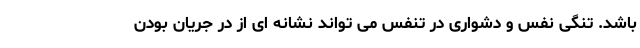
باشد. تنگی نفس و دشواری در تنفس می تواند نشانه ای از در جریان بودن